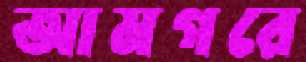
আমগরে